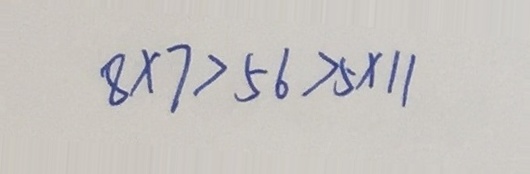
8 \times 7 > 5 6 > 5 \times 1 1